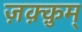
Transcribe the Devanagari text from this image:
ज़क़्क़ुम्